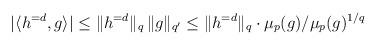
LaTeX: \begin{align*} | \langle h^{= d}, g \rangle | \leq \| h^{= d} \|_q \, \| g \|_{q'} \leq \| h^{= d} \|_q \cdot \mu_{p}(g) / \mu_{p}(g)^{1/q} \end{align*}